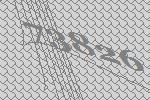
73826